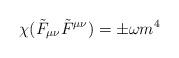
LaTeX: \begin{align*}\chi (\tilde{F}_{\mu\nu}\tilde{F}^{\mu\nu})=\pm\omega m^{4} \end{align*}